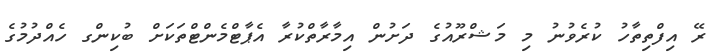
ރޭ އިފްތިތާހު ކުރެވުނު މި މަޝްރޫއުގެ ދަށުން އިމާރާތްކުރާ އެޕާޓްމެންޓްތަކަށް ބުކިންގ ހެއްދުމުގެ